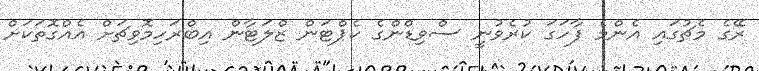
ރޭގެ މެޗުގައި އެންމެ ފާހަގަ ކުރެވުނީ ސްވިޑްންގެ ކެޕްޓަން ޒްލަޓާން އިބްރަހިމޮވިޗަށް އެއްގޮތަކަށް